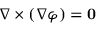
\nabla \times ( \nabla \varphi ) = \mathbf { 0 }